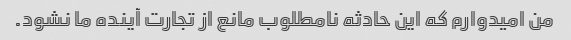
من امیدوارم که این حادثه نامطلوب مانع از تجارت آینده ما نشود.